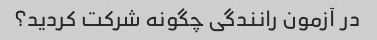
در آزمون رانندگی چگونه شرکت کردید؟